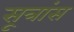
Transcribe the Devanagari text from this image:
सूत्रांस